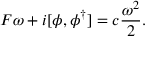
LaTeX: F \omega + i [ \phi , \phi ^ { \dagger } ] = c \frac { \omega ^ { 2 } } 2 .